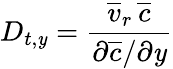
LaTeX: D_{t,\mathit{y}}=\frac{{\overline{{{v}}}_{r}\, \overline{{{c}}}}}{{\partial\overline{{{c}}}/\partial\mathit{y}}}